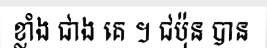
ខ្លាំង ជាង គេ ។ ជប៉ុន បាន